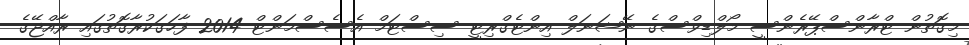
މިގޮތުން ޓްރާންސްޕޭރެންސީ މޯލްޑިވްސްގެ ނޭޝަނަލް އިންޓެގްރިޓީ ސިސްޓަމް އެސެސްމަންޓް 2014 ފާހަގަކުރާގޮތުގައި ރާއްޖޭގެ